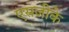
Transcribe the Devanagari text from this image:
एसजीके